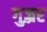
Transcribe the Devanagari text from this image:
गुज़्रर